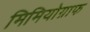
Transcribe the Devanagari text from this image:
मिमियोग्राफ